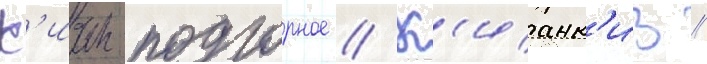
К'иан-подгорное // К'ианк'из //